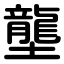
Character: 壟